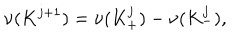
\nu ( { K ^ { j + 1 } } ) = \nu ( { K _ { + } ^ { j } } ) - \nu ( { K _ { - } ^ { j } } ) ,